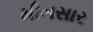
મીનસાર